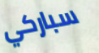
سباركي